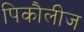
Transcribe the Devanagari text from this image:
पिकौलीज